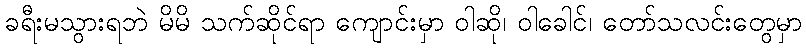
ခရီးမသွားရဘဲ မိမိ သက်ဆိုင်ရာ ကျောင်းမှာ ဝါဆို၊ ဝါခေါင်၊ တော်သလင်းတွေမှာ